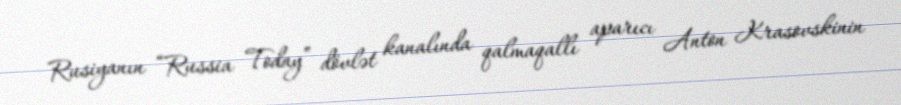
Rusiyanın “Russia Today” dövlət kanalında qalmaqallı aparıcı Anton Krasovskinin